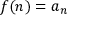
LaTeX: f ( n ) = a _ { n }